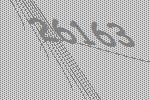
26163